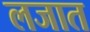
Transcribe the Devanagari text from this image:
लजात